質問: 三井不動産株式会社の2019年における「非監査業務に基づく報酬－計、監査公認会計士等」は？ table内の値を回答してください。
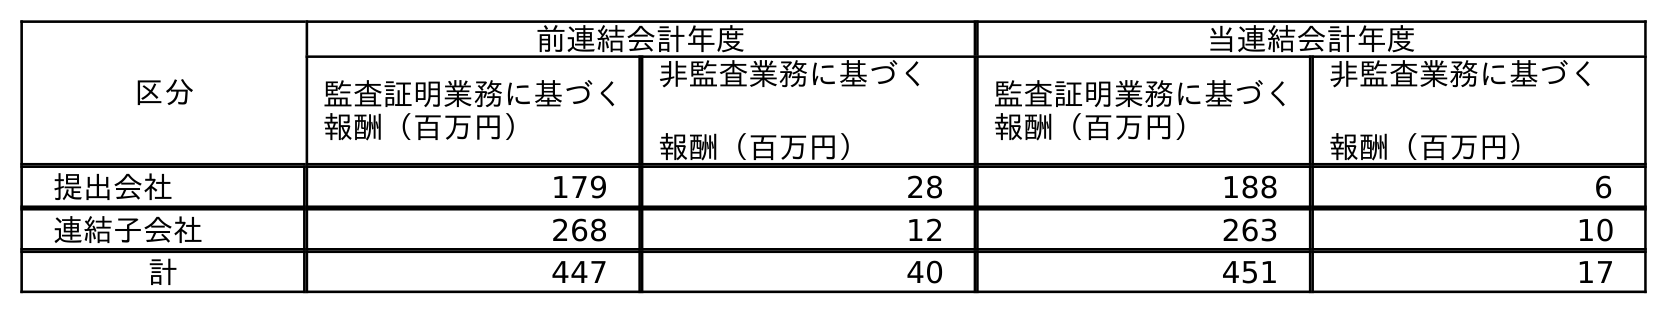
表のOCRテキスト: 区分 前連結会計年度 当連結会計年度 監査証明業務に基づく 報酬（百万円） 非監査業務に基づく 報酬（百万円） 監査証明業務に基づく 報酬（百万円） 非監査業務に基づく 報酬（百万円） 提出会社 179 28 188 6 連結子会社 268 12 263 10 計 447 40 451 17
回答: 40